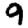
Digit: 9